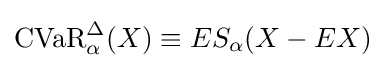
{\rm {CVaR}}_{\alpha }^{\Delta }(X)\equiv ES_{\alpha }(X-EX)